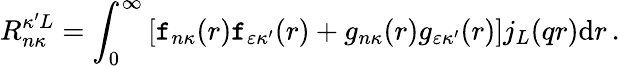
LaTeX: R_{n\kappa}^{\kappa^{\prime}L}=\int_{0}^{\infty}\left[\mathtt{f}_{n\kappa}{(r)}\mathtt{f}_{\varepsilon\kappa^{\prime}}{(r)}+g_{n\kappa}{(r)}g_{\varepsilon\kappa^{\prime}}{(r)}\right]j_{L}{(qr)}\mathrm{d}r\, .